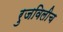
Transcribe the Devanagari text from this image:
रुजविलीच